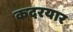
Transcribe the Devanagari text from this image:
कदरयार